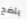
يتضح